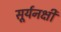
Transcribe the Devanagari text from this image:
सूर्यनक्षी